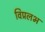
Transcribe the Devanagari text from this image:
विप्रलभ